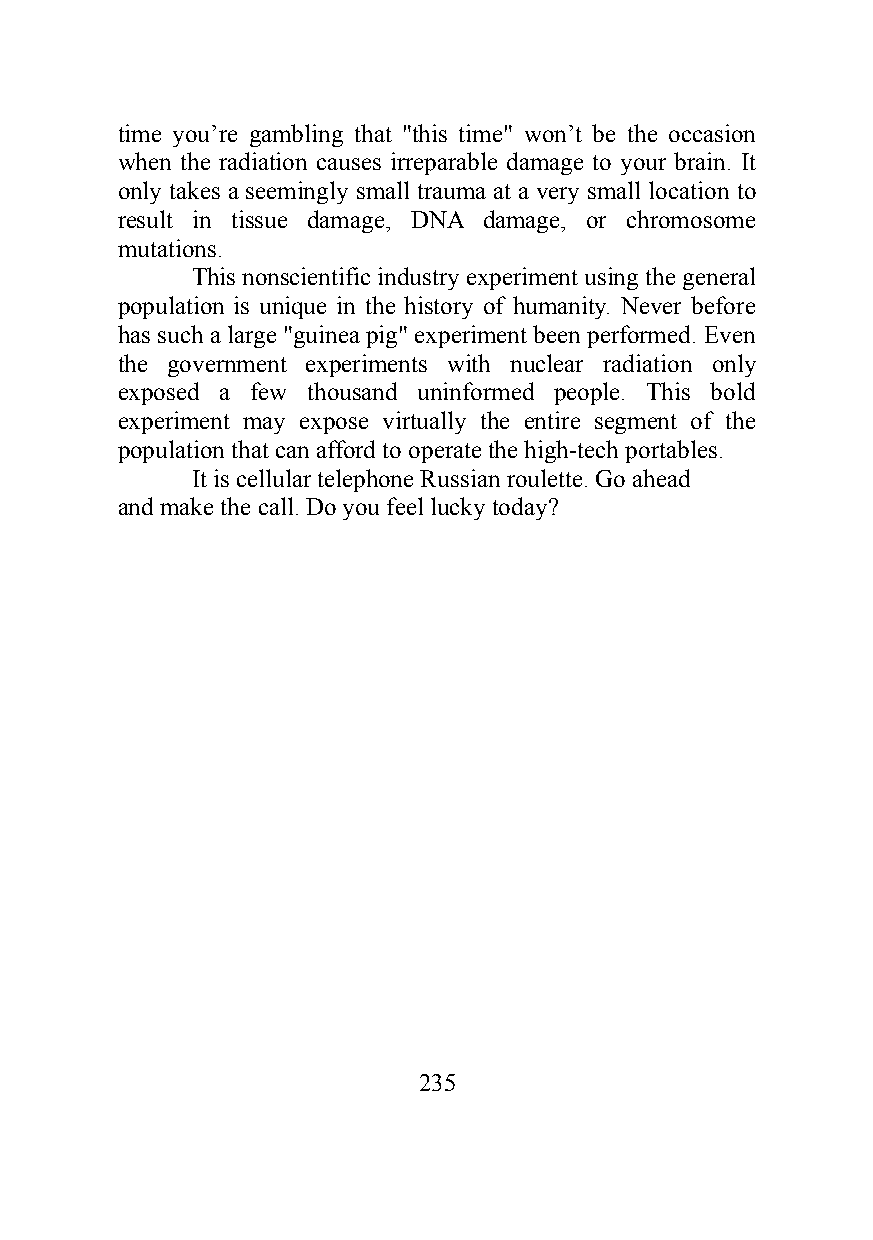
time you’re gambling that "this time" won’t be the occasion
 when the radiation causes irreparable damage to your brain. It
 only takes a seemingly small trauma at a very small location to
 result in tissue damage, DNA damage, or chromosome
 mutations.
 This nonscientific industry experiment using the general
 population is unique in the history of humanity. Never before
 has such a large "guinea pig" experiment been performed. Even
 the government experiments with nuclear radiation only
 exposed a few thousand uninformed people. This bold
 experiment may expose virtually the entire segment of the
 population that can afford to operate the high-tech portables.
 It is cellular telephone Russian roulette. Go ahead
 and make the call. Do you feel lucky today?
 235